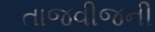
તાજવીજની